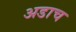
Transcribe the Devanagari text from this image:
अडाच